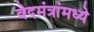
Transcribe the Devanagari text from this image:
वेदमंत्रांमध्ये